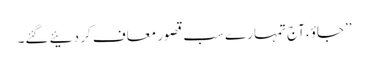
’’جاؤ،آج تمہارے سب قصور معاف کر دئیے گئے۔